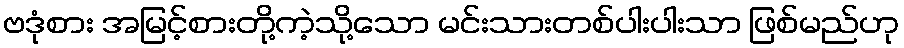
ဗဒုံစား အမြင့်စားတို့ကဲ့သို့သော မင်းသားတစ်ပါးပါးသာ ဖြစ်မည်ဟု